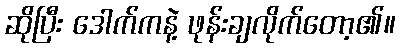
ဆိုပြီး ဒေါက်ကနဲ့ ဖုန်းချလိုက်တော့၏။